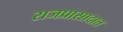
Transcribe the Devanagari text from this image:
राजप्रासादात